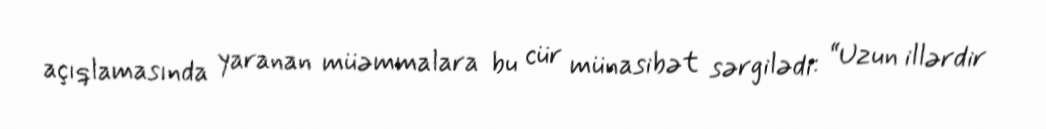
açıqlamasında yaranan müəmmalara bu cür münasibət sərgilədi: “Uzun illərdir